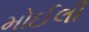
મોઈલી